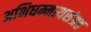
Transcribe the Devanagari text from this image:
अभिधम्मत्थसंग्रह